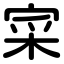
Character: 寀